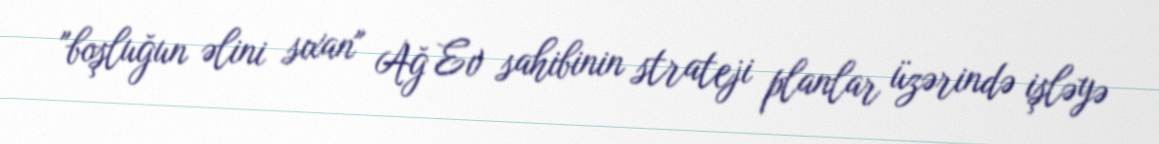
"boşluğun əlini sıxan" Ağ Ev sahibinin strateji planlar üzərində işləyə